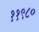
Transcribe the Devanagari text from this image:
११९८०